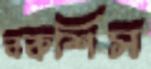
বকশিস